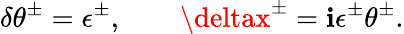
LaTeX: \delta\theta^{\pm}=\epsilon^{\pm},\qquad\deltax^{\pm}=\mathbf{i}\epsilon^{\pm}\theta^{\pm}.